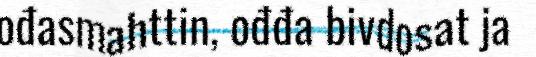
ođasmahttin, ođđa bivdosat ja